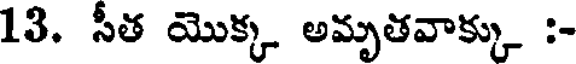
13. సీత యొక్క అమృతవాక్కు :-